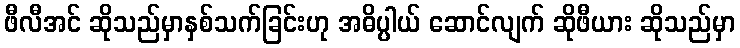
ဖီလီအင် ဆိုသည်မှာနှစ်သက်ခြင်းဟု အဓိပ္ပါယ် ဆောင်လျက် ဆိုဖီယား ဆိုသည်မှာ